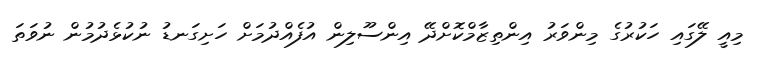
މިއީ ލޭގައި ހަކުރުގެ މިންވަރު އިންތިޒާމްކޮށްދޭ އިންސޫލިން އުފެއްދުމަށް ހަށިގަނޑު ނުކުޅެދުމުން ނުވަތަ